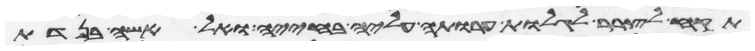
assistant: תקח לצרר לגלות ערותה עליה בחייה ואל אשה בנדת